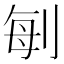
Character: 𠜮